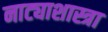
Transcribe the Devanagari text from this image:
नाट्याशास्त्रा